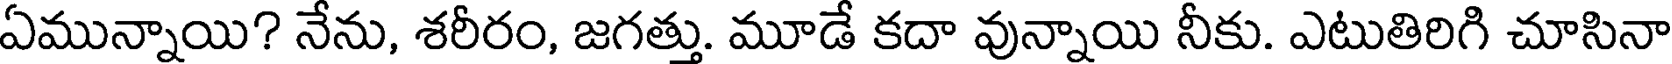
ఏమున్నాయి? నేను, శరీరం, జగత్తు. మూడే కదా వున్నాయి నీకు. ఎటుతిరిగి చూసినా